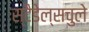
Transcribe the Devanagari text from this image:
स्टैडेल्सचुले